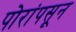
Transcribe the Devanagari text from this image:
पोरांपसून